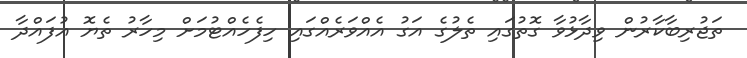
ތަޖުރިބާކާރުން ވިދާޅުވާ ގޮތުގައި ތެލުގެ އަގު އެއްވަރެއްގައި ހިފެހެއްޓުމަށް މިހާރު ތެޔޮ އުފައްދާ